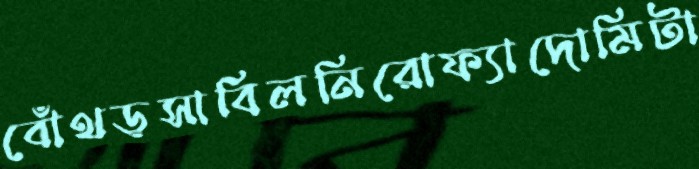
বোঁথড়সাবিলনিরোফ্যাদোমিটা